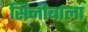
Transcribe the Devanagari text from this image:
सिनीबाला